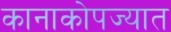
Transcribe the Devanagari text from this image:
कानाकोपज्यात